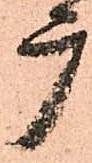
广